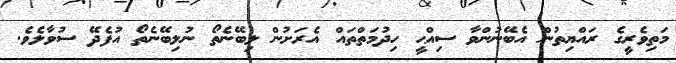
މަތިވެރީގެ ރައްޔިތުން އެބޭނުންވާ ސިއްޙީ ހިދުމަތްތައް އެރަށުން ލިބޭނެތޯ ނުލިބޭނެތޯ އުފެދޭ ސުވާލެވެ.